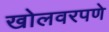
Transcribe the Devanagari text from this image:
खोलवरपणे